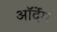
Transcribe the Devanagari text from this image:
ऑर्देम